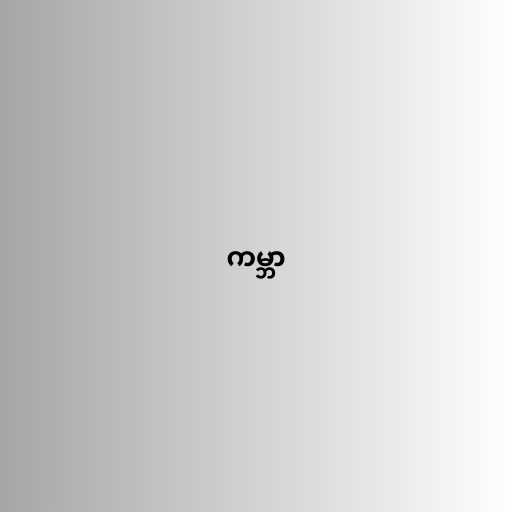
ကမ္ဘာ